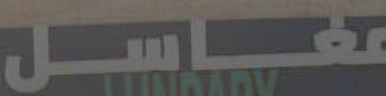
مغاسل